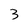
Character: 3